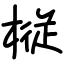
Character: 𫞋